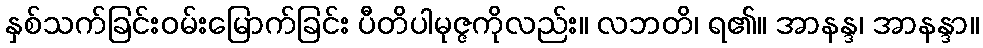
နှစ်သက်ခြင်းဝမ်းမြောက်ခြင်း ပီတိပါမုဇ္ဇကိုလည်း။ လဘတိ၊ ရ၏။ အာနန္ဒ၊ အာနန္ဒာ။